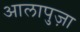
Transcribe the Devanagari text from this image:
आलापुज़ा